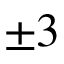
\pm 3